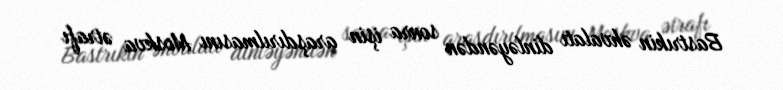
Bastrıkin əhvalatı dinləyəndən sonra işin araşdırılmasını Moskva ətrafı